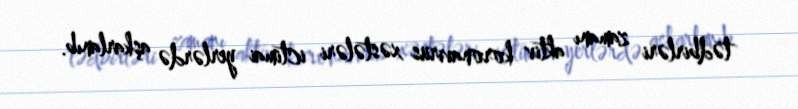
tədbirləri zamanı aktiv koronavirus xəstələri ictimai yerlərdə aşkarlanıb.